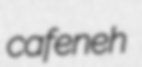
cafeneh